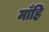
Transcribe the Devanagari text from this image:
माँहि